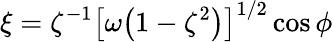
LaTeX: \xi=\zeta^{-1}\bigl[\omega\bigl(1-\zeta^{2}\bigr)\bigr]^{1/2}\cos\phi